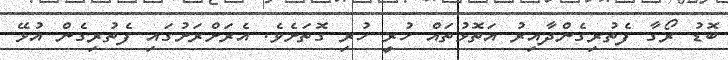
ބޮޑު ރޯގާ ފެތުރިގެންދާއިރު އަތޮޅުތައް ހުރީ ހުރި ގޮތަށެވެ. އެރަށްރަށުގައި ފެތުރިގެން އުޅޭ